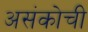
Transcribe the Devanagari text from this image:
असंकोची